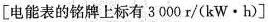
[电能表的铭牌上标有3000r /(kW·h)]